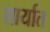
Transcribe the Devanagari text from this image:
शार्यात